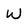
Character: W